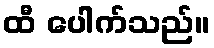
ထီ ပေါက်သည်။